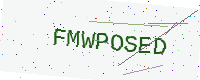
Text: FMWPOSED